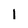
Character: 1